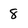
Character: 8